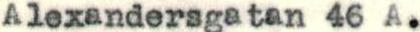
Alexandersgatan 46 A.